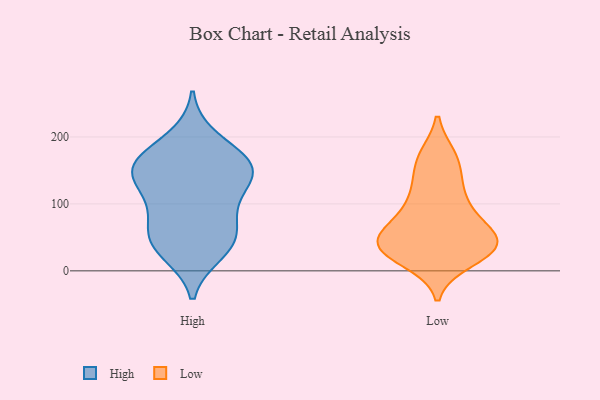
{"axis": {"x": "Bounce Rate (%)", "y": "Value"}, "legend": ["High", "Low"], "data": [{"x": "", "y": 28, "type": "High"}, {"x": "", "y": 78, "type": "High"}, {"x": "", "y": 45, "type": "High"}, {"x": "", "y": 198, "type": "High"}, {"x": "", "y": 160, "type": "High"}, {"x": "", "y": 160, "type": "High"}, {"x": "", "y": 166, "type": "High"}, {"x": "", "y": 48, "type": "High"}, {"x": "", "y": 142, "type": "High"}, {"x": "", "y": 144, "type": "High"}, {"x": "", "y": 117, "type": "High"}, {"x": "", "y": 94, "type": "High"}, {"x": "", "y": 150, "type": "High"}, {"x": "", "y": 41, "type": "High"}, {"x": "", "y": 119, "type": "Low"}, {"x": "", "y": 105, "type": "Low"}, {"x": "", "y": 85, "type": "Low"}, {"x": "", "y": 34, "type": "Low"}, {"x": "", "y": 27, "type": "Low"}, {"x": "", "y": 169, "type": "Low"}, {"x": "", "y": 170, "type": "Low"}, {"x": "", "y": 161, "type": "Low"}, {"x": "", "y": 45, "type": "Low"}, {"x": "", "y": 34, "type": "Low"}, {"x": "", "y": 40, "type": "Low"}, {"x": "", "y": 68, "type": "Low"}, {"x": "", "y": 37, "type": "Low"}, {"x": "", "y": 16, "type": "Low"}, {"x": "", "y": 37, "type": "Low"}, {"x": "", "y": 69, "type": "Low"}, {"x": "", "y": 59, "type": "Low"}, {"x": "", "y": 31, "type": "Low"}, {"x": "", "y": 125, "type": "Low"}]}